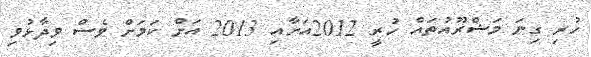
ހުރި ގިނަ މަޝްރޫއުތައް ހުރީ 2012އަށާއި 2013 އަށް ކަމަށް ވެސް ވިދާޅުވި